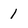
Character: 1